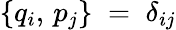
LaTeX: \{ q_{i},\, p_{j}\} \; =\; \delta_{ij}